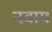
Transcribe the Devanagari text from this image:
नवाय